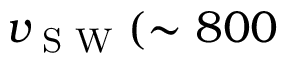
v _ { \textrm { S W } } ( \sim 8 0 0